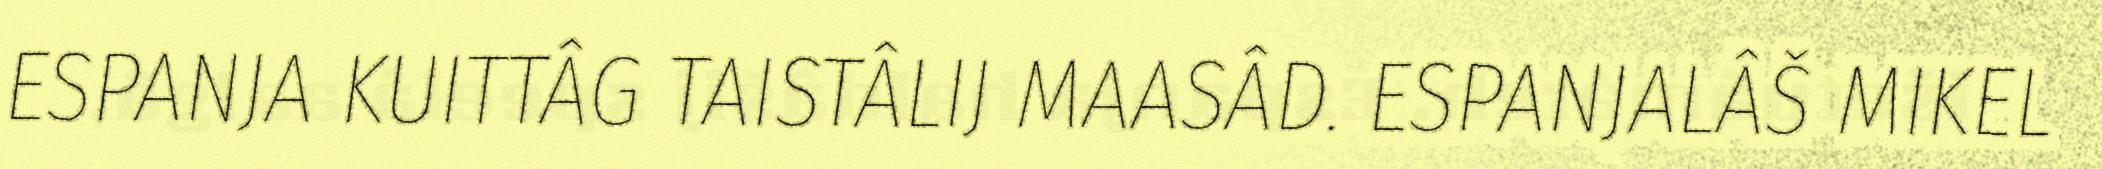
ESPANJA KUITTÂG TAISTÂLIJ MAASÂD. ESPANJALÂŠ MIKEL